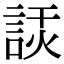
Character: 𧨗